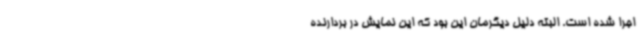
اجرا شده است. البته دلیل دیگرمان این بود که این نمایش در بردارنده